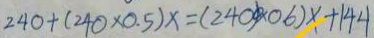
2 4 0 + ( 2 4 0 \times 0 . 5 ) x = ( 2 4 0 0 \times 0 . 6 ) x + 1 4 4